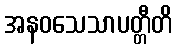
အနဝသေသာပတ္တီတိ